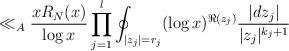
LaTeX: \begin{align*}\ll_A \frac{xR_N(x)}{\log x}\prod_{j=1}^l \oint_{|z_j|=r_j} (\log x)^{\Re(z_j)} \frac{|dz_j|}{|z_j|^{k_j+1}}\end{align*}